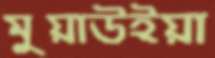
মুয়াউইয়া